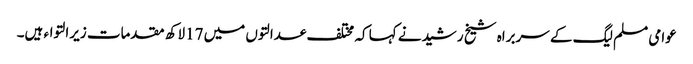
عوامی مسلم لیگ کے سربراہ شیخ رشیدنے کہا کہ مختلف عدالتوں میں 17لاکھ مقدمات زیرالتواء ہیں۔